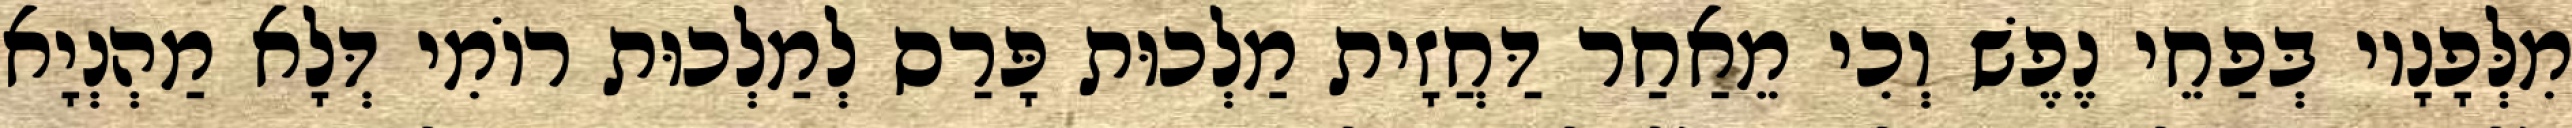
מִלְּפָנָיו בְּפַחֵי נֶפֶשׁ וְכִי מֵאַחַר דַּחֲזָית מַלְכוּת פָּרַס לְמַלְכוּת רוֹמִי דְּלָא מַהְנְיָא